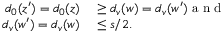
\begin{array} { r l } { d _ { 0 } ( z ^ { \prime } ) = d _ { 0 } ( z ) } & { { } \geq d _ { v } ( w ) = d _ { v } ( w ^ { \prime } ) \mathrm { ~ a ~ n ~ d ~ } } \\ { d _ { v } ( w ^ { \prime } ) = d _ { v } ( w ) } & { { } \leq s / 2 . } \end{array}